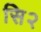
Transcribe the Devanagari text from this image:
सि२